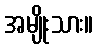
အမျိုးသား။